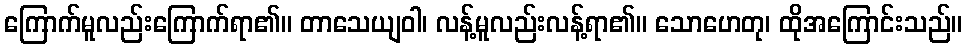
ကြောက်မူလည်းကြောက်ရာ၏။ တာသေယျဝါ၊ လန့်မူလည်းလန့်ရာ၏။ သောဟေတု၊ ထိုအကြောင်းသည်။